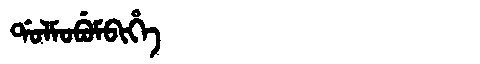
Manchu: ᡩᠣᠯᠮᠣᠪᡠᠮᠪᡳᡥᡝ
Romanization: DOLMOBUMBIHE